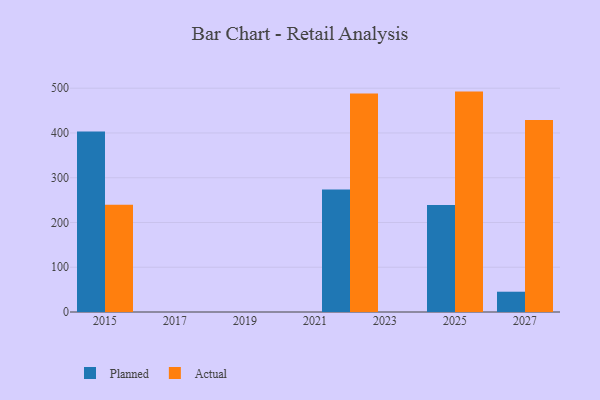
{"axis": {"x": "Year", "y": "Humidity (%)"}, "legend": ["Actual", "Planned"], "data": [{"x": "2022", "y": 273.9, "type": "Planned"}, {"x": "2022", "y": 488.1, "type": "Actual"}, {"x": "2015", "y": 403.1, "type": "Planned"}, {"x": "2015", "y": 239.6, "type": "Actual"}, {"x": "2025", "y": 238.9, "type": "Planned"}, {"x": "2025", "y": 492.4, "type": "Actual"}, {"x": "2027", "y": 45.3, "type": "Planned"}, {"x": "2027", "y": 429.1, "type": "Actual"}]}